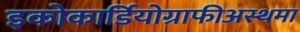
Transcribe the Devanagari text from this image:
इकोकार्डियोग्राफीअस्थमा